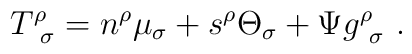
T^\rho_{\ \sigma}=n^\rho\mu_\sigma+s^\rho\Theta_\sigma+\Psi g^\rho_{\        \sigma}\ .